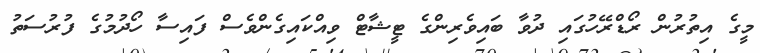
މީގެ އިތުރުން ރޯޑްރޭހުގައި ދުވާ ބައިވެރިންގެ ޓީޝާޓް ވިއްކައިގެންވެސް ފައިސާ ހޯދުމުގެ ފުރުސަތު